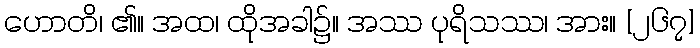
ဟောတိ၊ ၏။ အထ၊ ထိုအခါ၌။ အဿ ပုရိသဿ၊ အား။ [၂၆၇]